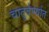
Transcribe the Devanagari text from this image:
चातुर्वर्ण्यात